Rangoon Lunatic Asylum 1878-1892 - 1878-1892
Year: 1878
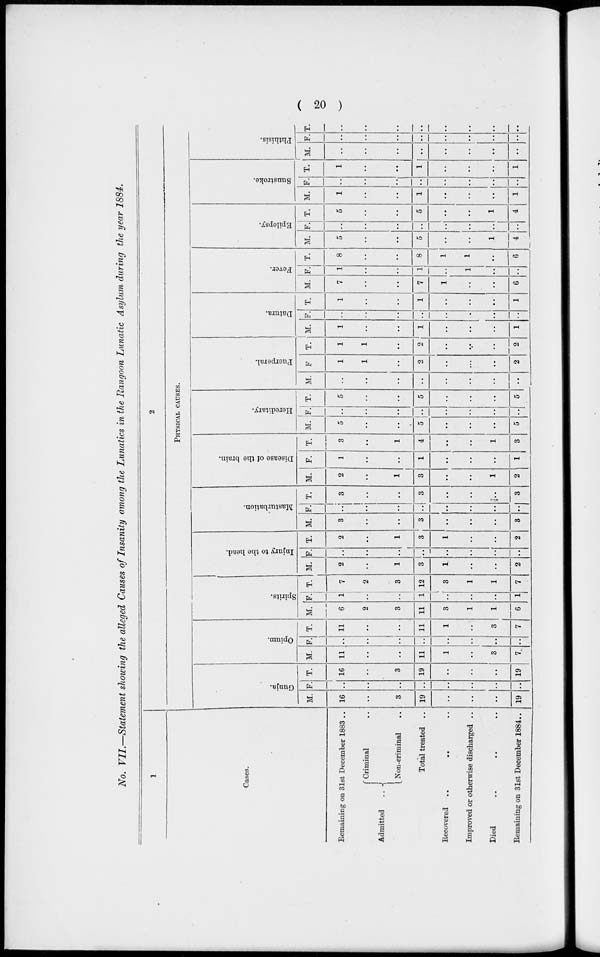
( 20 )
No. VII.—Statement showing the alleged Causes of Insanity among the Lunatics in the Rangoon Lunatic Asylum during the year 1884.
1
Cases.
Remaining on 31st December 1883 ..
Admitted ..
Criminal ..
Non-criminal ..
Total treated ..
Recovered ..
..
..
Improved or otherwise discharged ..
Died .. .. .. ..
Remaining on 31st December 1884..
2
PHYSICAL CAUSES.
Gunja.
M.
16
..
3
19
..
..
..
19
F.
..
..
..
..
..
..
..
..
T.
16
..
3
19
..
..
..
19
Opium.
M.
11
..
..
11
1
..
3
7
F.
..
..
..
..
..
..
..
..
T.
11
..
..
11
1
..
3
7
Spirits.
M.
6
2
3
11
3
1
1
6
F.
1
..
..
1
..
..
..
1
T.
7
2
3
12
3
1
1
7
Injury to the head.
M.
2
..
1
3
1
..
..
2
F.
..
..
..
..
..
..
..
..
T.
2
..
1
3
1
..
..
2
Masturbation.
M.
3
..
..
3
..
..
..
3
F.
..
..
..
..
..
..
..
..
T.
3
..
..
3
..
..
..
3
Disease of the brain.
M.
2
..
1
3
..
..
1
2
F.
1
..
..
1
..
..
..
1
T.
3
..
1
4
..
..
1
3
Hereditary.
M.
5
..
..
5
..
..
..
5
F.
..
..
..
..
..
..
..
..
T.
5
..
..
5
..
..
..
5
Puerperal.
M.
..
..
..
..
..
..
..
..
F
1
1
..
2
..
..
..
2
T.
1
1
..
2
..
..
..
2
Datura.
M.
1
..
..
1
..
..
..
1
F.
..
..
..
..
..
..
..
..
T.
1
..
..
1
..
..
..
1
Fever.
M.
7
..
..
7
1
..
..
6
F.
1
..
..
1
..
1
..
..
T.
8
..
..
8
1
1
..
6
Epilepsy.
M.
5
..
..
5
..
..
1
4
F.
..
..
..
..
..
..
..
..
T.
5
..
..
5
..
..
1
4
Sunstroke.
M.
1
..
..
1
..
..
..
1
F.
..
..
..
..
..
..
..
..
T.
1
..
..
1
..
..
..
1
Phthisis.
M.
..
..
..
..
..
..
..
..
F.
..
..
..
..
..
..
..
..
T.
..
..
..
..
..
..
..
..